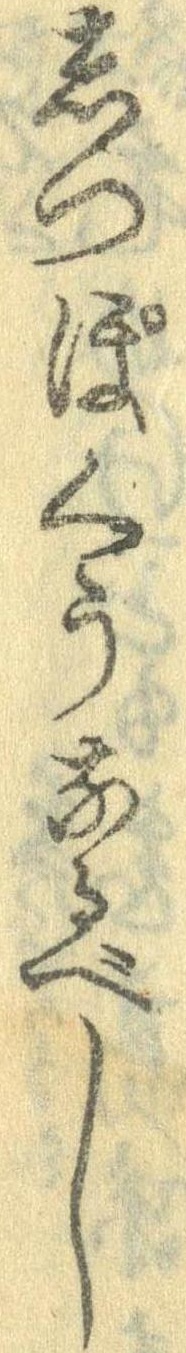
しつぽくうなるべし